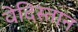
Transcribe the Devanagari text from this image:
वेदिस्तान